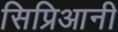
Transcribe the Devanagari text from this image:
सिप्रिआनी